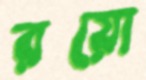
রয়ো